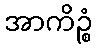
အာကိဉ္စံ